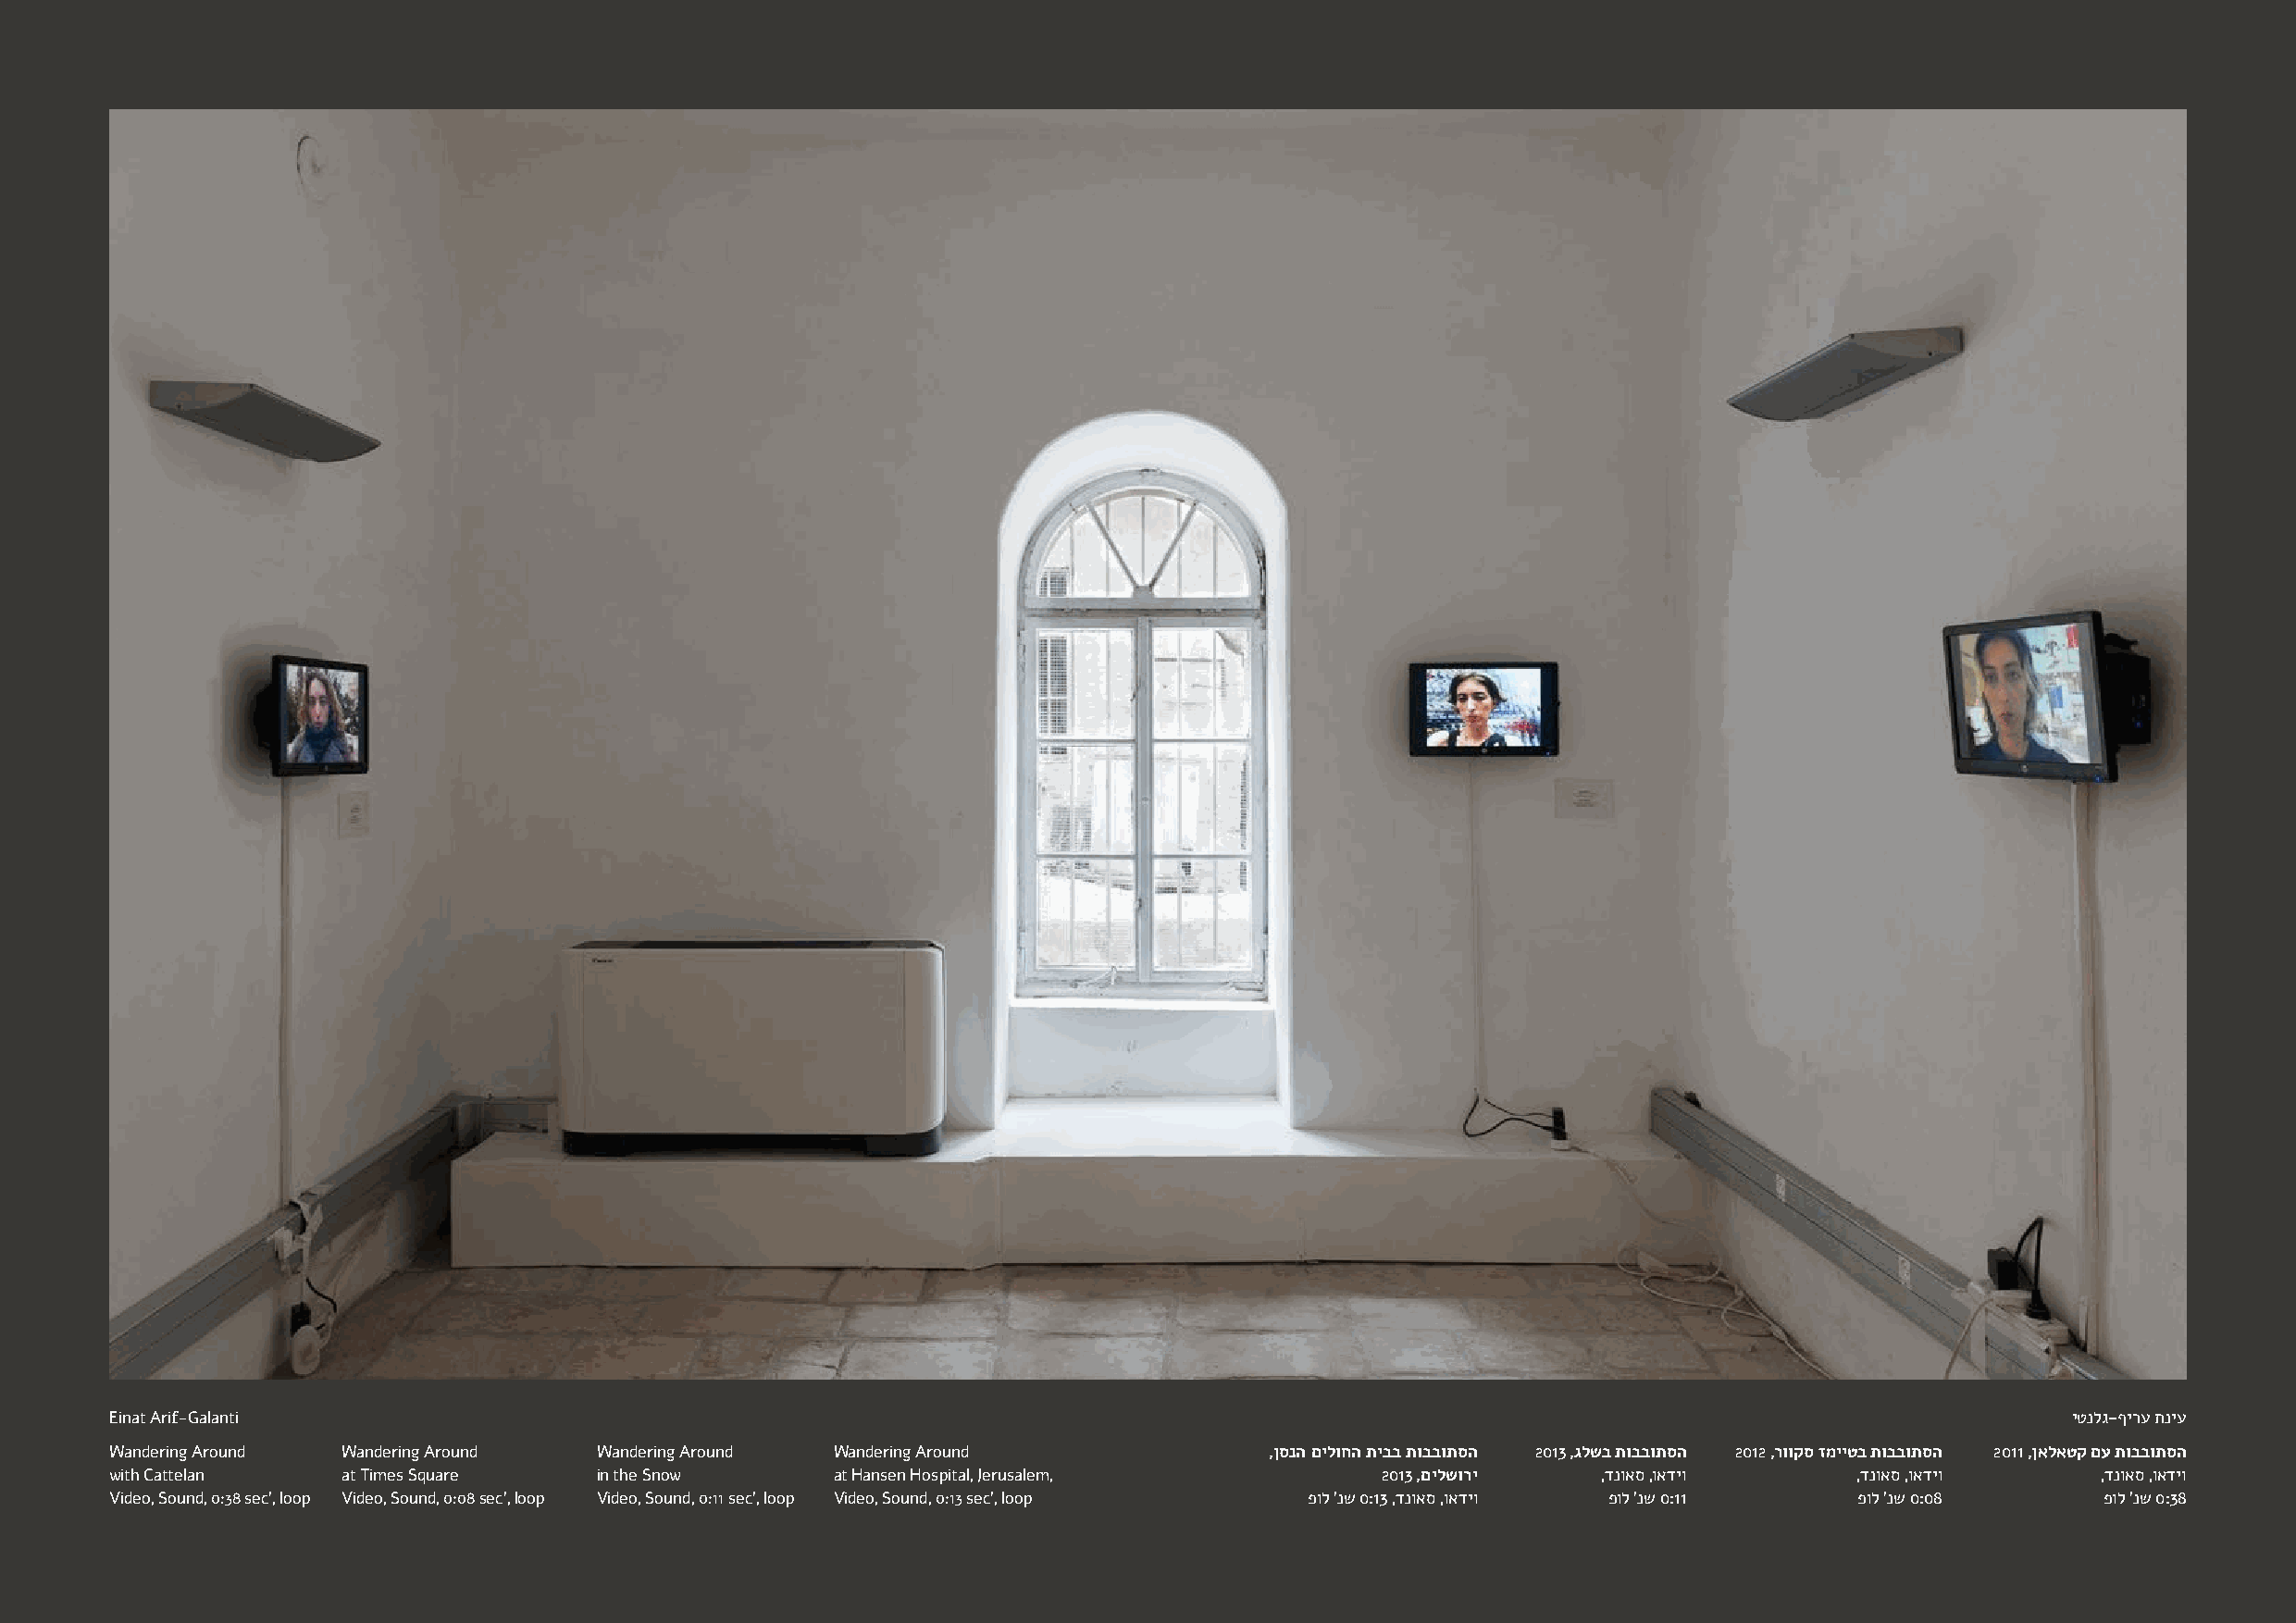
Einat Arif-Galanti                                                                                                                          יטנלג-ףירע תניע
 Wandering Around Wandering Around  Wandering Around Wandering Around               ,ןסנה םילוחה תיבב תובבותסה 2013 ,גלשב תובבותסה 2012 ,רווקס זמייטב תובבותסה 2011 ,ןאלאטק םע תובבותסה
 with Cattelan   at Times Square    in the Snow      at Hansen Hospital, Jerusalem,         2013 ,םילשורי  ,דנואס ,ואדיו      ,דנואס ,ואדיו    ,דנואס ,ואדיו
 Video, Sound, 0:38 sec', loop Video, Sound, 0:08 sec', loop Video, Sound, 0:11 sec', loop Video, Sound, 0:13 sec', loop פול 'נש 0:13 ,דנואס ,ואדיו פול 'נש 0:11 פול 'נש 0:08 פול 'נש 0:38